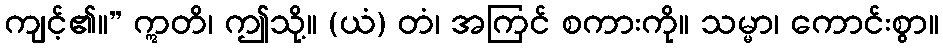
ကျင့်၏။” ဣတိ၊ ဤသို့။ (ယံ) တံ၊ အကြင် စကားကို။ သမ္မာ၊ ကောင်းစွာ။